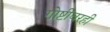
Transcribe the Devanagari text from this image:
गोष्टींवरही